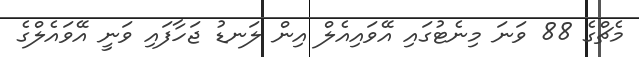
މެޗްގެ 88 ވަނަ މިނެޓުގައި އޭވައިއެލް އިން ލަނޑު ޖަހާފައި ވަނީ އޭވައެލްގެ